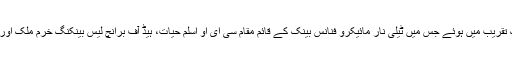
معاہدے پر دستخط منعقدہ ایک تقریب میں ہوئے جس میں ٹیلی نار مائیکرو فنانس بینک کے قائم مقام سی ای او اسلم حیات، ہیڈ آف برانچ لیس بینکنگ خرم ملک اور متعلقہ ٹیموں نے شرکت کی۔